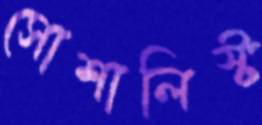
সোশালিস্ট